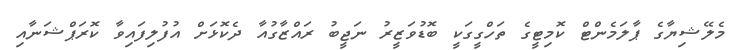
މެލޭޝިޔާގެ ޕާލަމެންޓް ކޮމިޓީގެ ތަހްގީގަކީ ބޮޑުވަޒީރު ނަޖީބު ރައްޒާގުއާ ދެކޮޅަށް އުފުލިފައިވާ ކޮރަޕްޝަނާއި